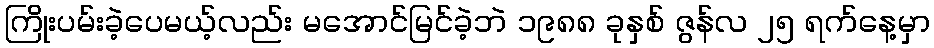
ကြိုးပမ်းခဲ့ပေမယ့်လည်း မအောင်မြင်ခဲ့ဘဲ ၁၉၈၈ ခုနှစ် ဇွန်လ ၂၅ ရက်နေ့မှာ